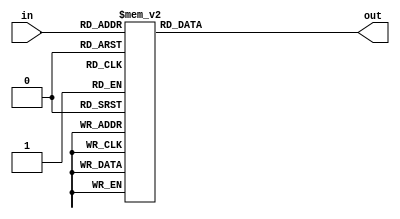
module decoder_3to8 (
    input wire [2:0] in,  // 3 
    output reg [7:0] out  // 8 
);

always @(*)
begin
    case(in)
        3'b000: out = 8'b10000000; //  000    .
        3'b001: out = 8'b01000000; //  001    .
        3'b010: out = 8'b00100000; //  010    .
        3'b011: out = 8'b00010000; //  011    .
        3'b100: out = 8'b00001000; //  100    .
        3'b101: out = 8'b00000100; //  101    .
        3'b110: out = 8'b00000010; //  110    .
        3'b111: out = 8'b00000001; //  111    .
        default: out = 8'b00000000; //      .
    endcase
end

endmodule